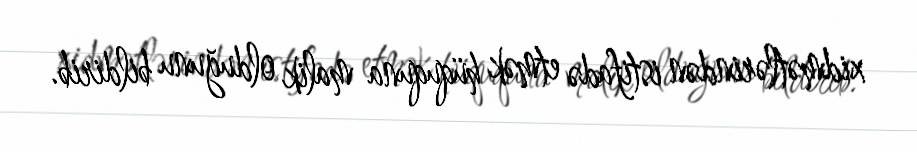
xidmətlərindən istifadə etmək hüququna malik olduğunu bildirib.